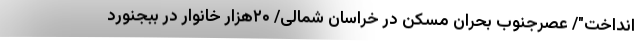
انداخت"/ عصرجنوب بحران مسکن در خراسان شمالی/ ۲۰هزار خانوار در ببجنورد